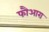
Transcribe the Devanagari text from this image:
फौआरा